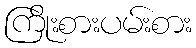
ကြိုးစားပမ်းစား